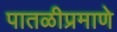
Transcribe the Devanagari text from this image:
पातळीप्रमाणे